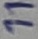
Text: 11